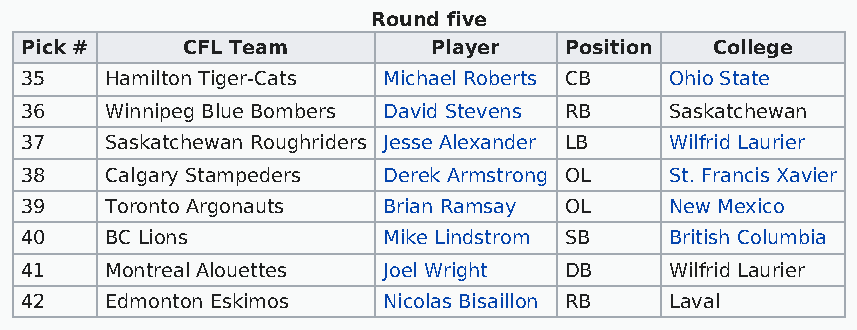
Round five
 Pick #     CFL Team         Player  Position  College
 35    Hamilton Tiger-Cats Michael Roberts CB Ohio State
 36    Winnipeg Blue Bombers David Stevens RB Saskatchewan
 37    Saskatchewan Roughriders Jesse Alexander LB Wilfrid Laurier
 38    Calgary Stampeders Derek Armstrong OL St. Francis Xavier
 39    Toronto Argonauts Brian Ramsay OL    New Mexico
 40    BC Lions          Mike Lindstrom SB  British Columbia
 41    Montreal Alouettes Joel Wright DB    Wilfrid Laurier
 42    Edmonton Eskimos  Nicolas Bisaillon RB Laval